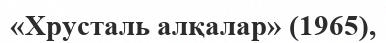
«Хрусталь алқалар» (1965),